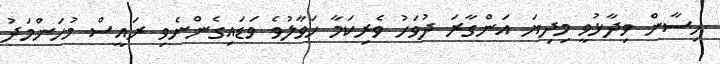
ހިސާން ވިދާޅުވީ މިދިޔަ އަންގާރަ ދުވަހު ވެރިކަމާ ހަވާލުވެ ވަޑައިގެންނެވި ރައީސް މުހަންމަދު